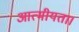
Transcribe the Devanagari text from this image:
आत्मीयता।